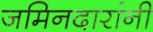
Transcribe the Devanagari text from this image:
जमिनदारांनी